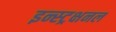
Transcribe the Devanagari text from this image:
इन्स्ट्रक्षनल